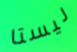
ليستا